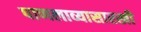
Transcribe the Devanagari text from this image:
पाणलाव्यासारखी